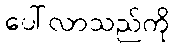
ပေါ်လာသည်ကို